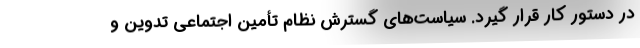
در دستور کار قرار گیرد. سیاست‌های گسترش نظام تأمین اجتماعی تدوین و